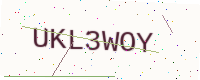
Text: UKL3WOY